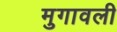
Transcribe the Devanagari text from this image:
मुगावली